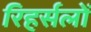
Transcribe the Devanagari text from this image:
रिहर्सलों